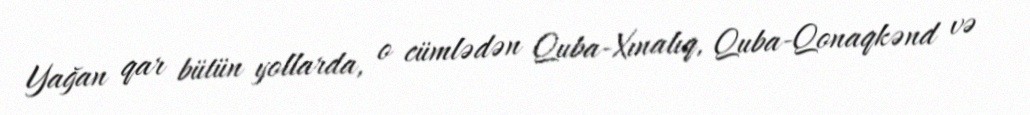
Yağan qar bütün yollarda, o cümlədən Quba-Xınalıq, Quba-Qonaqkənd və